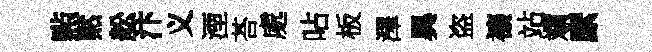
㸃黙舩汴义湮荅處呫板澤異盗禳站斕縻